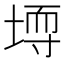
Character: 𪣳